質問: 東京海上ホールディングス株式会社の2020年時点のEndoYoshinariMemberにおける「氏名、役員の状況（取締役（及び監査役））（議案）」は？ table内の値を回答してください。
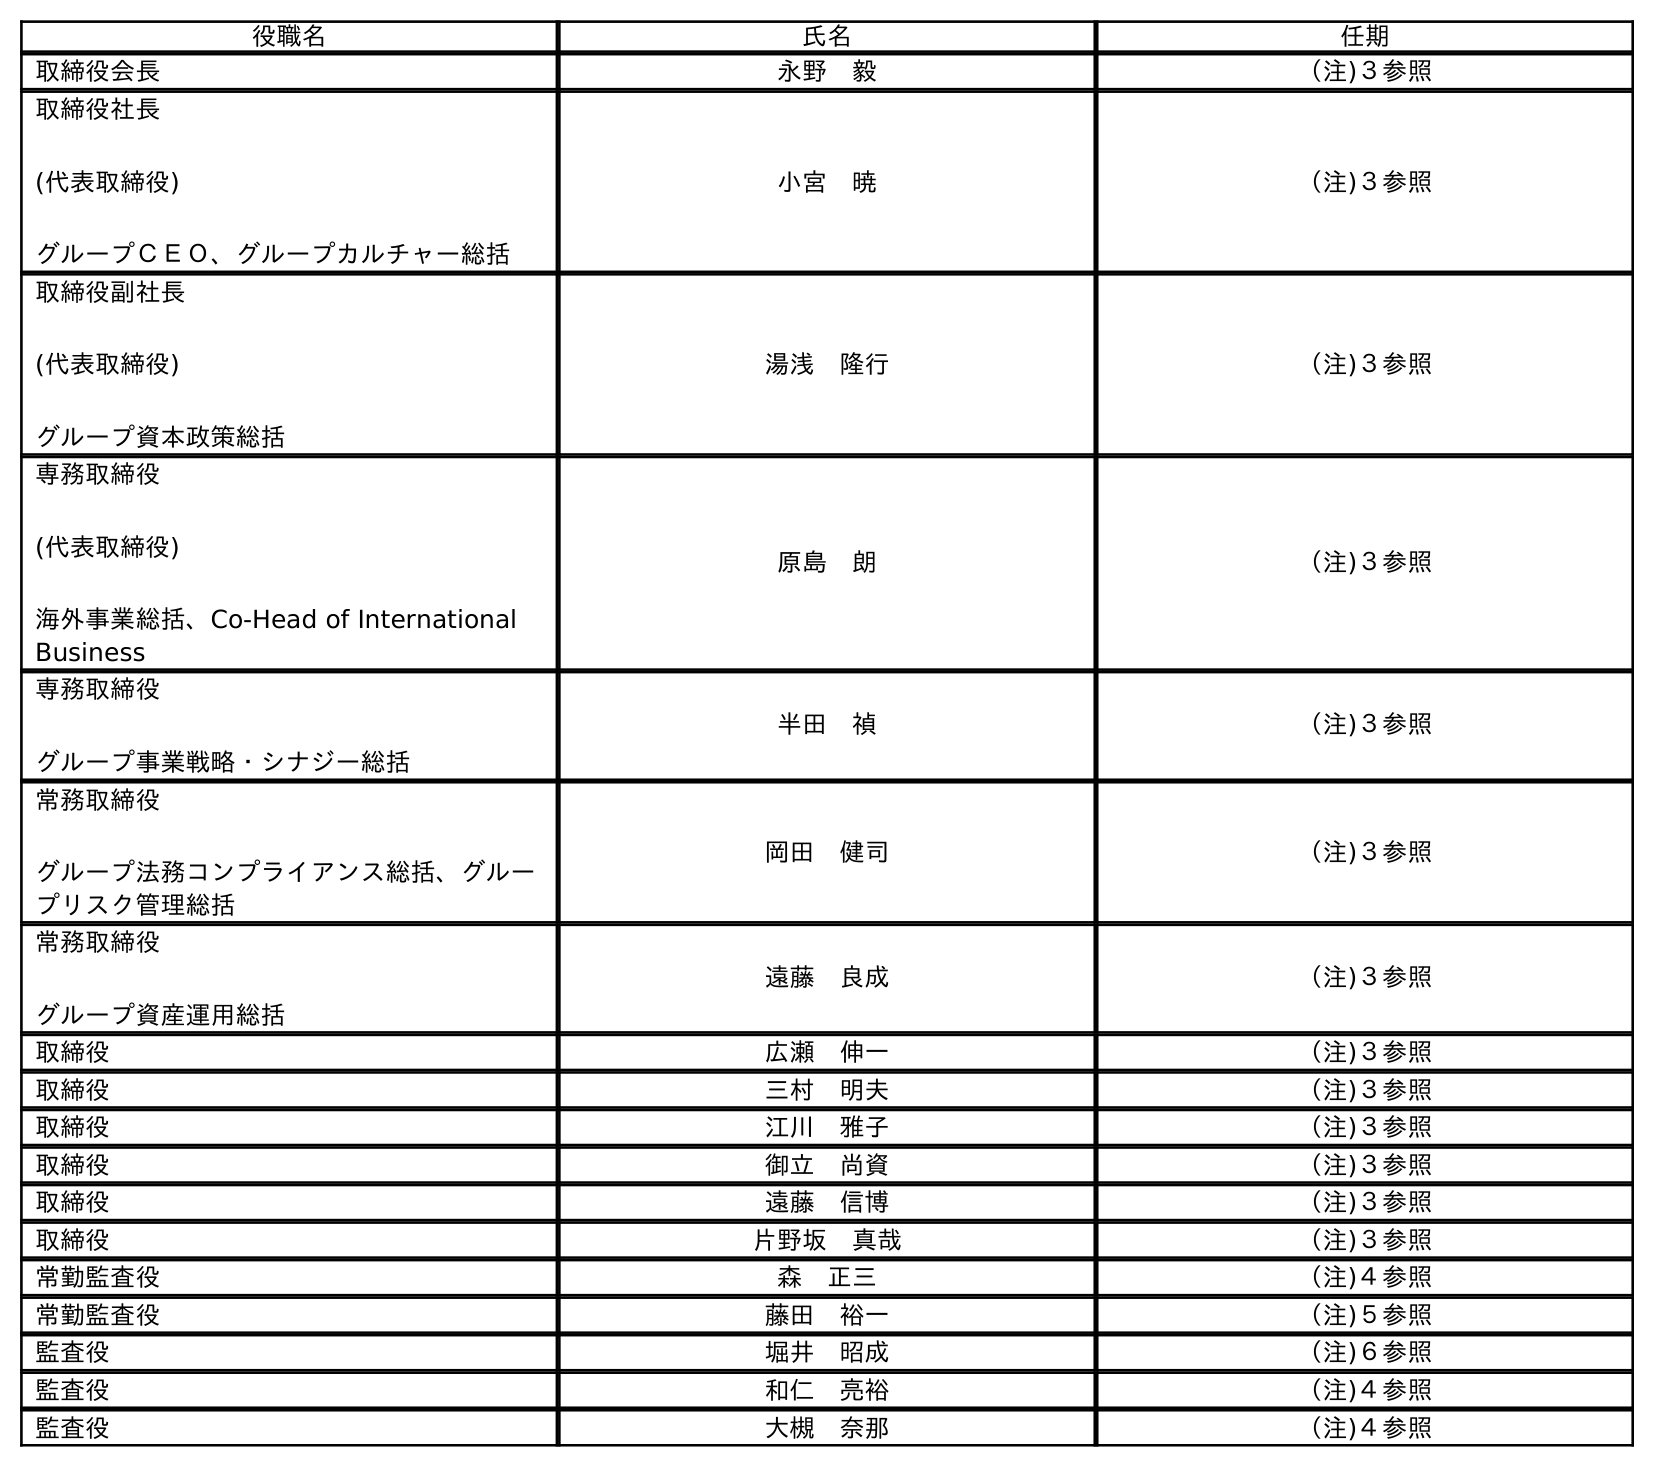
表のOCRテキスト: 役職名 氏名 任期 取締役会長 永野 毅 （注)３参照 取締役社長 (代表取締役) グループＣＥＯ、グループカルチャー総括 小宮 暁 （注)３参照 取締役副社長 (代表取締役) グループ資本政策総括 湯浅 隆行 （注)３参照 専務取締役 (代表取締役) 海外事業総括、Co-Head of International Business 原島 朗 （注)３参照 専務取締役 グループ事業戦略・シナジー総括 半田 禎 （注)３参照 常務取締役 グループ法務コンプライアンス総括、グルー プリスク管理総括 岡田 健司 （注)３参照 常務取締役 グループ資産運用総括 遠藤 良成 （注)３参照 取締役 広瀬 伸一 （注)３参照 取締役 三村 明夫 （注)３参照 取締役 江川 雅子 （注)３参照 取締役 御立 尚資 （注)３参照 取締役 遠藤 信博 （注)３参照 取締役 片野坂 真哉 （注)３参照 常勤監査役 森 正三 （注)４参照 常勤監査役 藤田 裕一 （注)５参照 監査役 堀井 昭成 （注)６参照 監査役 和仁 亮裕 （注)４参照 監査役 大槻 奈那 （注)４参照
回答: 遠藤　良成